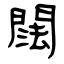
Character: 䦢